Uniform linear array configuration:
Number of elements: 24
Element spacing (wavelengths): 0.25
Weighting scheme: cosine
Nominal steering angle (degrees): -45
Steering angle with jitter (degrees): -44.414
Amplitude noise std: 0.05
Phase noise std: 0.05

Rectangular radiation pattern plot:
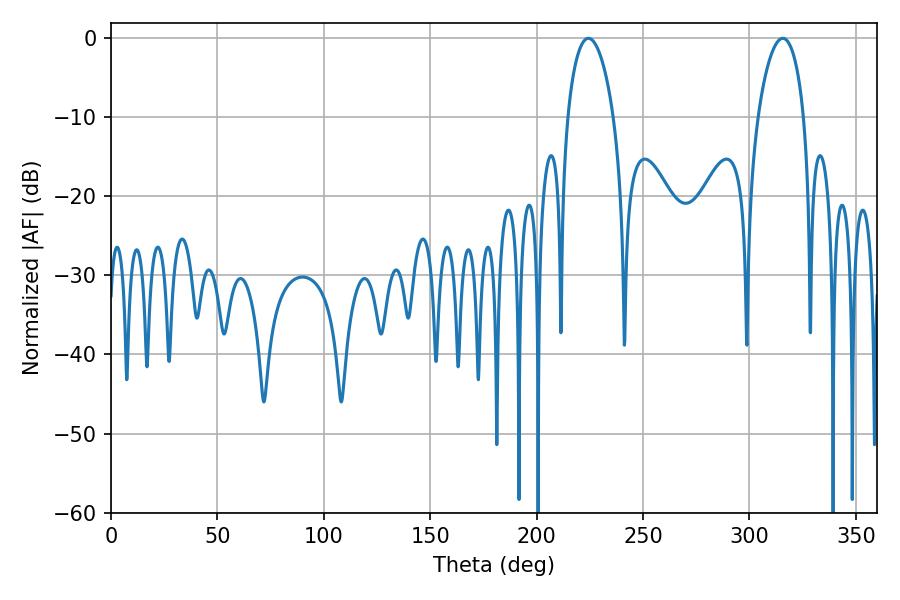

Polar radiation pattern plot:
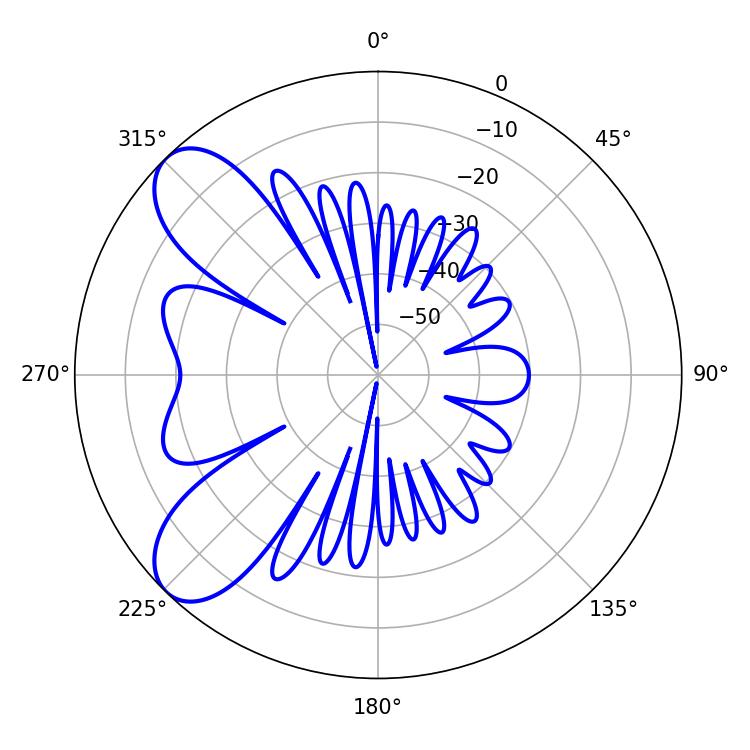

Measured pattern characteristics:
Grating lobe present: FALSE
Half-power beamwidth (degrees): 12.24
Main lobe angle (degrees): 224.28